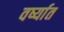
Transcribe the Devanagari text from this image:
वर्ष्यात